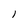
Character: l